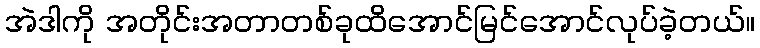
အဲဒါကို အတိုင်းအတာတစ်ခုထိအောင်မြင်အောင်လုပ်ခဲ့တယ်။